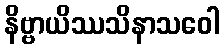
နိဗ္ဗာယိဿသိနာသဝေါ